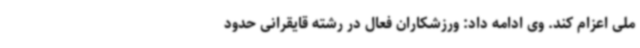
ملی اعزام کند. وی ادامه داد: ورزشکاران فعال در رشته قایقرانی حدود